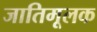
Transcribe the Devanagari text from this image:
जातिमूलक